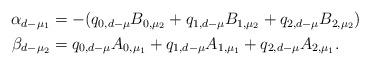
LaTeX: \begin{align*}\begin{aligned}\alpha_{d-\mu_1} &= -(q_{0,d-\mu} B_{0,\mu_2} + q_{1,d-\mu} B_{1,\mu_2} + q_{2,d-\mu} B_{2,\mu_2})\\\beta_{d-\mu_2} &= q_{0,d-\mu} A_{0,\mu_1} + q_{1,d-\mu} A_{1,\mu_1} + q_{2,d-\mu} A_{2,\mu_1}.\end{aligned}\end{align*}